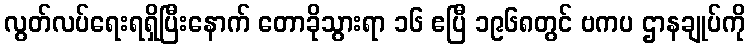
လွတ်လပ်ရေးရရှိပြီးနောက် တောခိုသွားရာ ၁၆ ဧပြီ ၁၉၆၈တွင် ဗကပ ဌာနချုပ်ကို